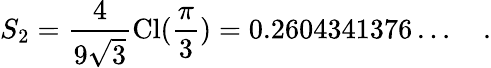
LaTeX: S_{2}=\frac{4}{9\sqrt{3}}\mathrm{Cl}(\frac{\pi}{3})=0.2604341376\ldots~~~~.